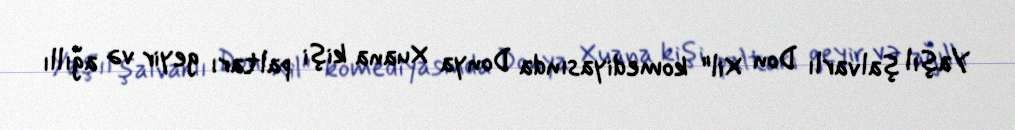
Yaşıl şalvarlı Don Xil" komediyasında Donya Xuana kişi paltarı geyir və ağıllı